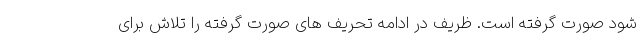
شود صورت گرفته است. ظریف در ادامه تحریف های صورت گرفته را تلاش برای